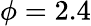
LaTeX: \phi=2.4